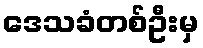
ဒေသခံတစ်ဦးမှ